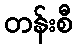
တန်းစီ